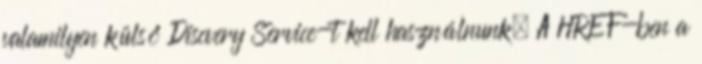
valamilyen külső Discvery Service-t kell használnunk. A HREF-ben a